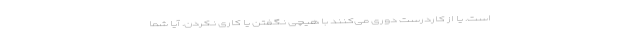
است. یا از کاردرست دوری می‌کنند با هیچی نگفتن یا کاری نکردن. آیا شما